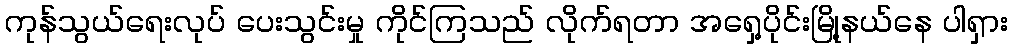
ကုန်သွယ်ရေးလုပ် ပေးသွင်းမှု ကိုင်ကြသည် လိုက်ရတာ အရှေ့ပိုင်းမြို့နယ်နေ ပါရှား